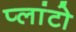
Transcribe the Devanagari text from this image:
प्‍लांटो